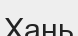
Хань